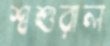
শ্বশুরাল